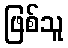
ဖြစ်သူ